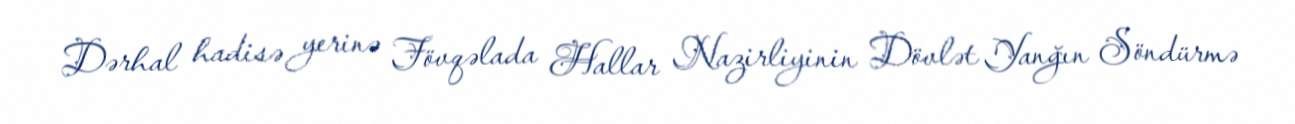
Dərhal hadisə yerinə Fövqəlada Hallar Nazirliyinin Dövlət Yanğın Söndürmə